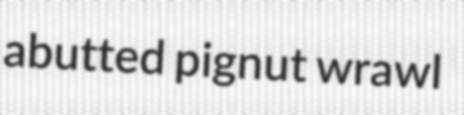
abutted pignut wrawl